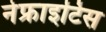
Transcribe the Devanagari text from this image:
नेफ्राइटिस